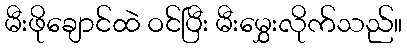
မီးဖိုချောင်ထဲ ဝင်ပြီး မီးမွှေးလိုက်သည်။